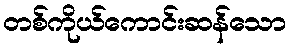
တစ်ကိုယ်ကောင်းဆန်သော